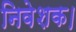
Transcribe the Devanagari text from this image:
निवेशक।